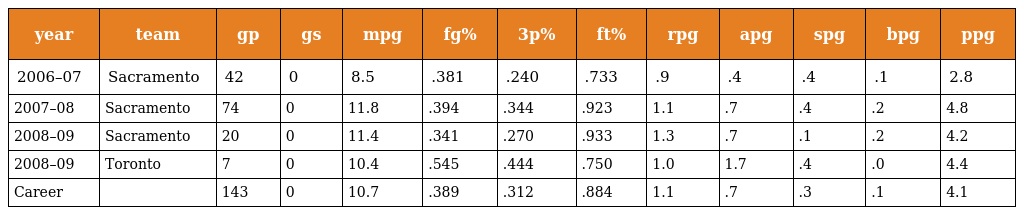
| year | team | gp | gs | mpg | fg% | 3p% | ft% | rpg | apg | spg | bpg | ppg |
 | --- | --- | --- | --- | --- | --- | --- | --- | --- | --- | --- | --- | --- |
 | 2006–07 | Sacramento | 42 | 0 | 8.5 | .381 | .240 | .733 | .9 | .4 | .4 | .1 | 2.8 |
 | 2007–08 | Sacramento | 74 | 0 | 11.8 | .394 | .344 | .923 | 1.1 | .7 | .4 | .2 | 4.8 |
 | 2008–09 | Sacramento | 20 | 0 | 11.4 | .341 | .270 | .933 | 1.3 | .7 | .1 | .2 | 4.2 |
 | 2008–09 | Toronto | 7 | 0 | 10.4 | .545 | .444 | .750 | 1.0 | 1.7 | .4 | .0 | 4.4 |
 | Career |  | 143 | 0 | 10.7 | .389 | .312 | .884 | 1.1 | .7 | .3 | .1 | 4.1 |